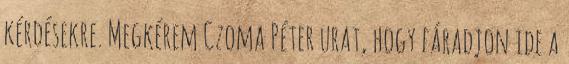
kérdésekre. Megkérem Czoma Péter urat, hogy fáradjon ide a